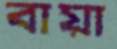
বায়া